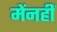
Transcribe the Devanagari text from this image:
मेंनहीं